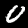
Digit: 0